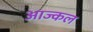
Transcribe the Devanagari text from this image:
आज्कल